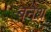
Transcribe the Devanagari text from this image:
बनेश